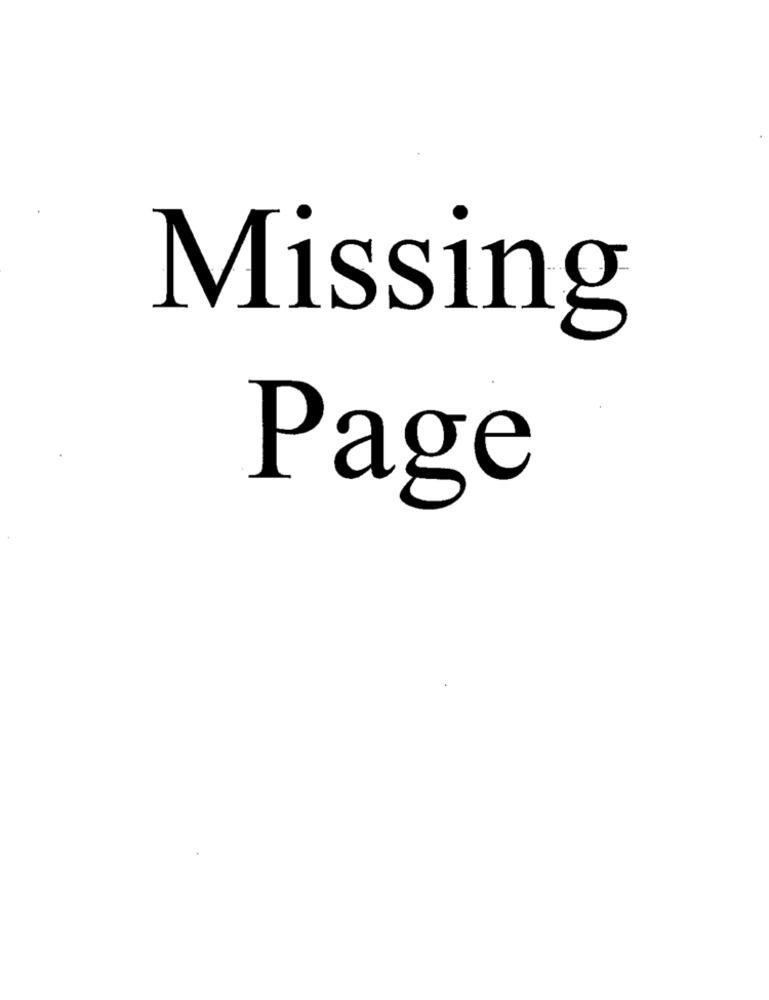
Missing
Page